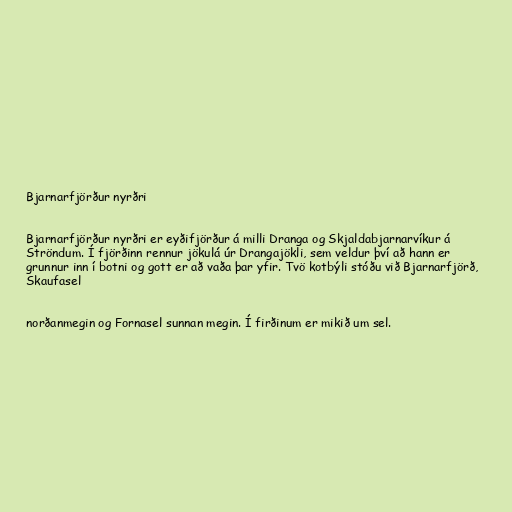
Bjarnarfjörður nyrðri

Bjarnarfjörður nyrðri er eyðifjörður á milli Dranga og Skjaldabjarnarvíkur á
Ströndum. Í fjörðinn rennur jökulá úr Drangajökli, sem veldur því að hann er
grunnur inn í botni og gott er að vaða þar yfir. Tvö kotbýli stóðu við Bjarnarfjörð,
Skaufasel

norðanmegin og Fornasel sunnan megin. Í firðinum er mikið um sel.